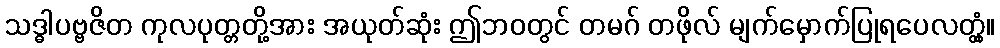
သဒ္ဓါပဗ္ဗဇိတ ကုလပုတ္တတို့အား အယုတ်ဆုံး ဤဘဝတွင် တမဂ် တဖိုလ် မျက်မှောက်ပြုရပေလတ္တံ့။